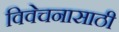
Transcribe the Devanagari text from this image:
विवेचनासाठी